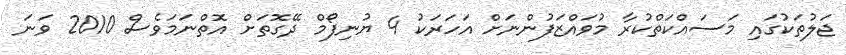
ޖަލުތަކުގައި މަސައްކަތްކުރާ މުވައްޒަފުންނަށް އަހަރަކު 4 ޔުނިފޯމް ދޭގޮތަށް އޮތްނަމަވެސް 2010 ވަނަ